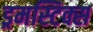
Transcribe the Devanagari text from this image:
ड्रमस्टिक्स